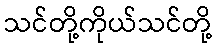
သင်တို့ကိုယ်သင်တို့